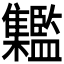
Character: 𩁱